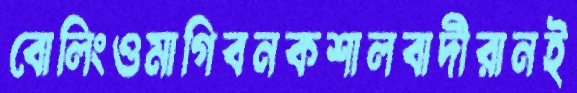
বোলিংওমাগিবনকশালবাদীরানই